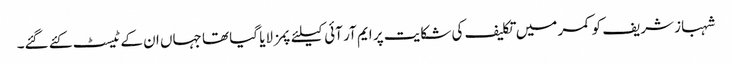
شہباز شریف کو کمر میں تکلیف کی شکایت پر ایم آر آئی کیلئے پمز لایا گیا تھا جہاں ان کے ٹیسٹ کئے گئے۔